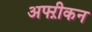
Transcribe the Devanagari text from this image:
अफ्ऱीकन